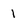
Character: 1